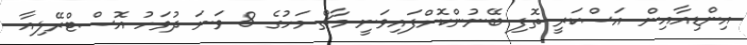
އިންޑިއާއިން އަސްކަރީ ތޮފި ބޭނުންކޮށްފައިވަނީ މާޗް މަހުގެ 8 ވަނަ ދުވަހު އޮސްޓްރޭލިއާ